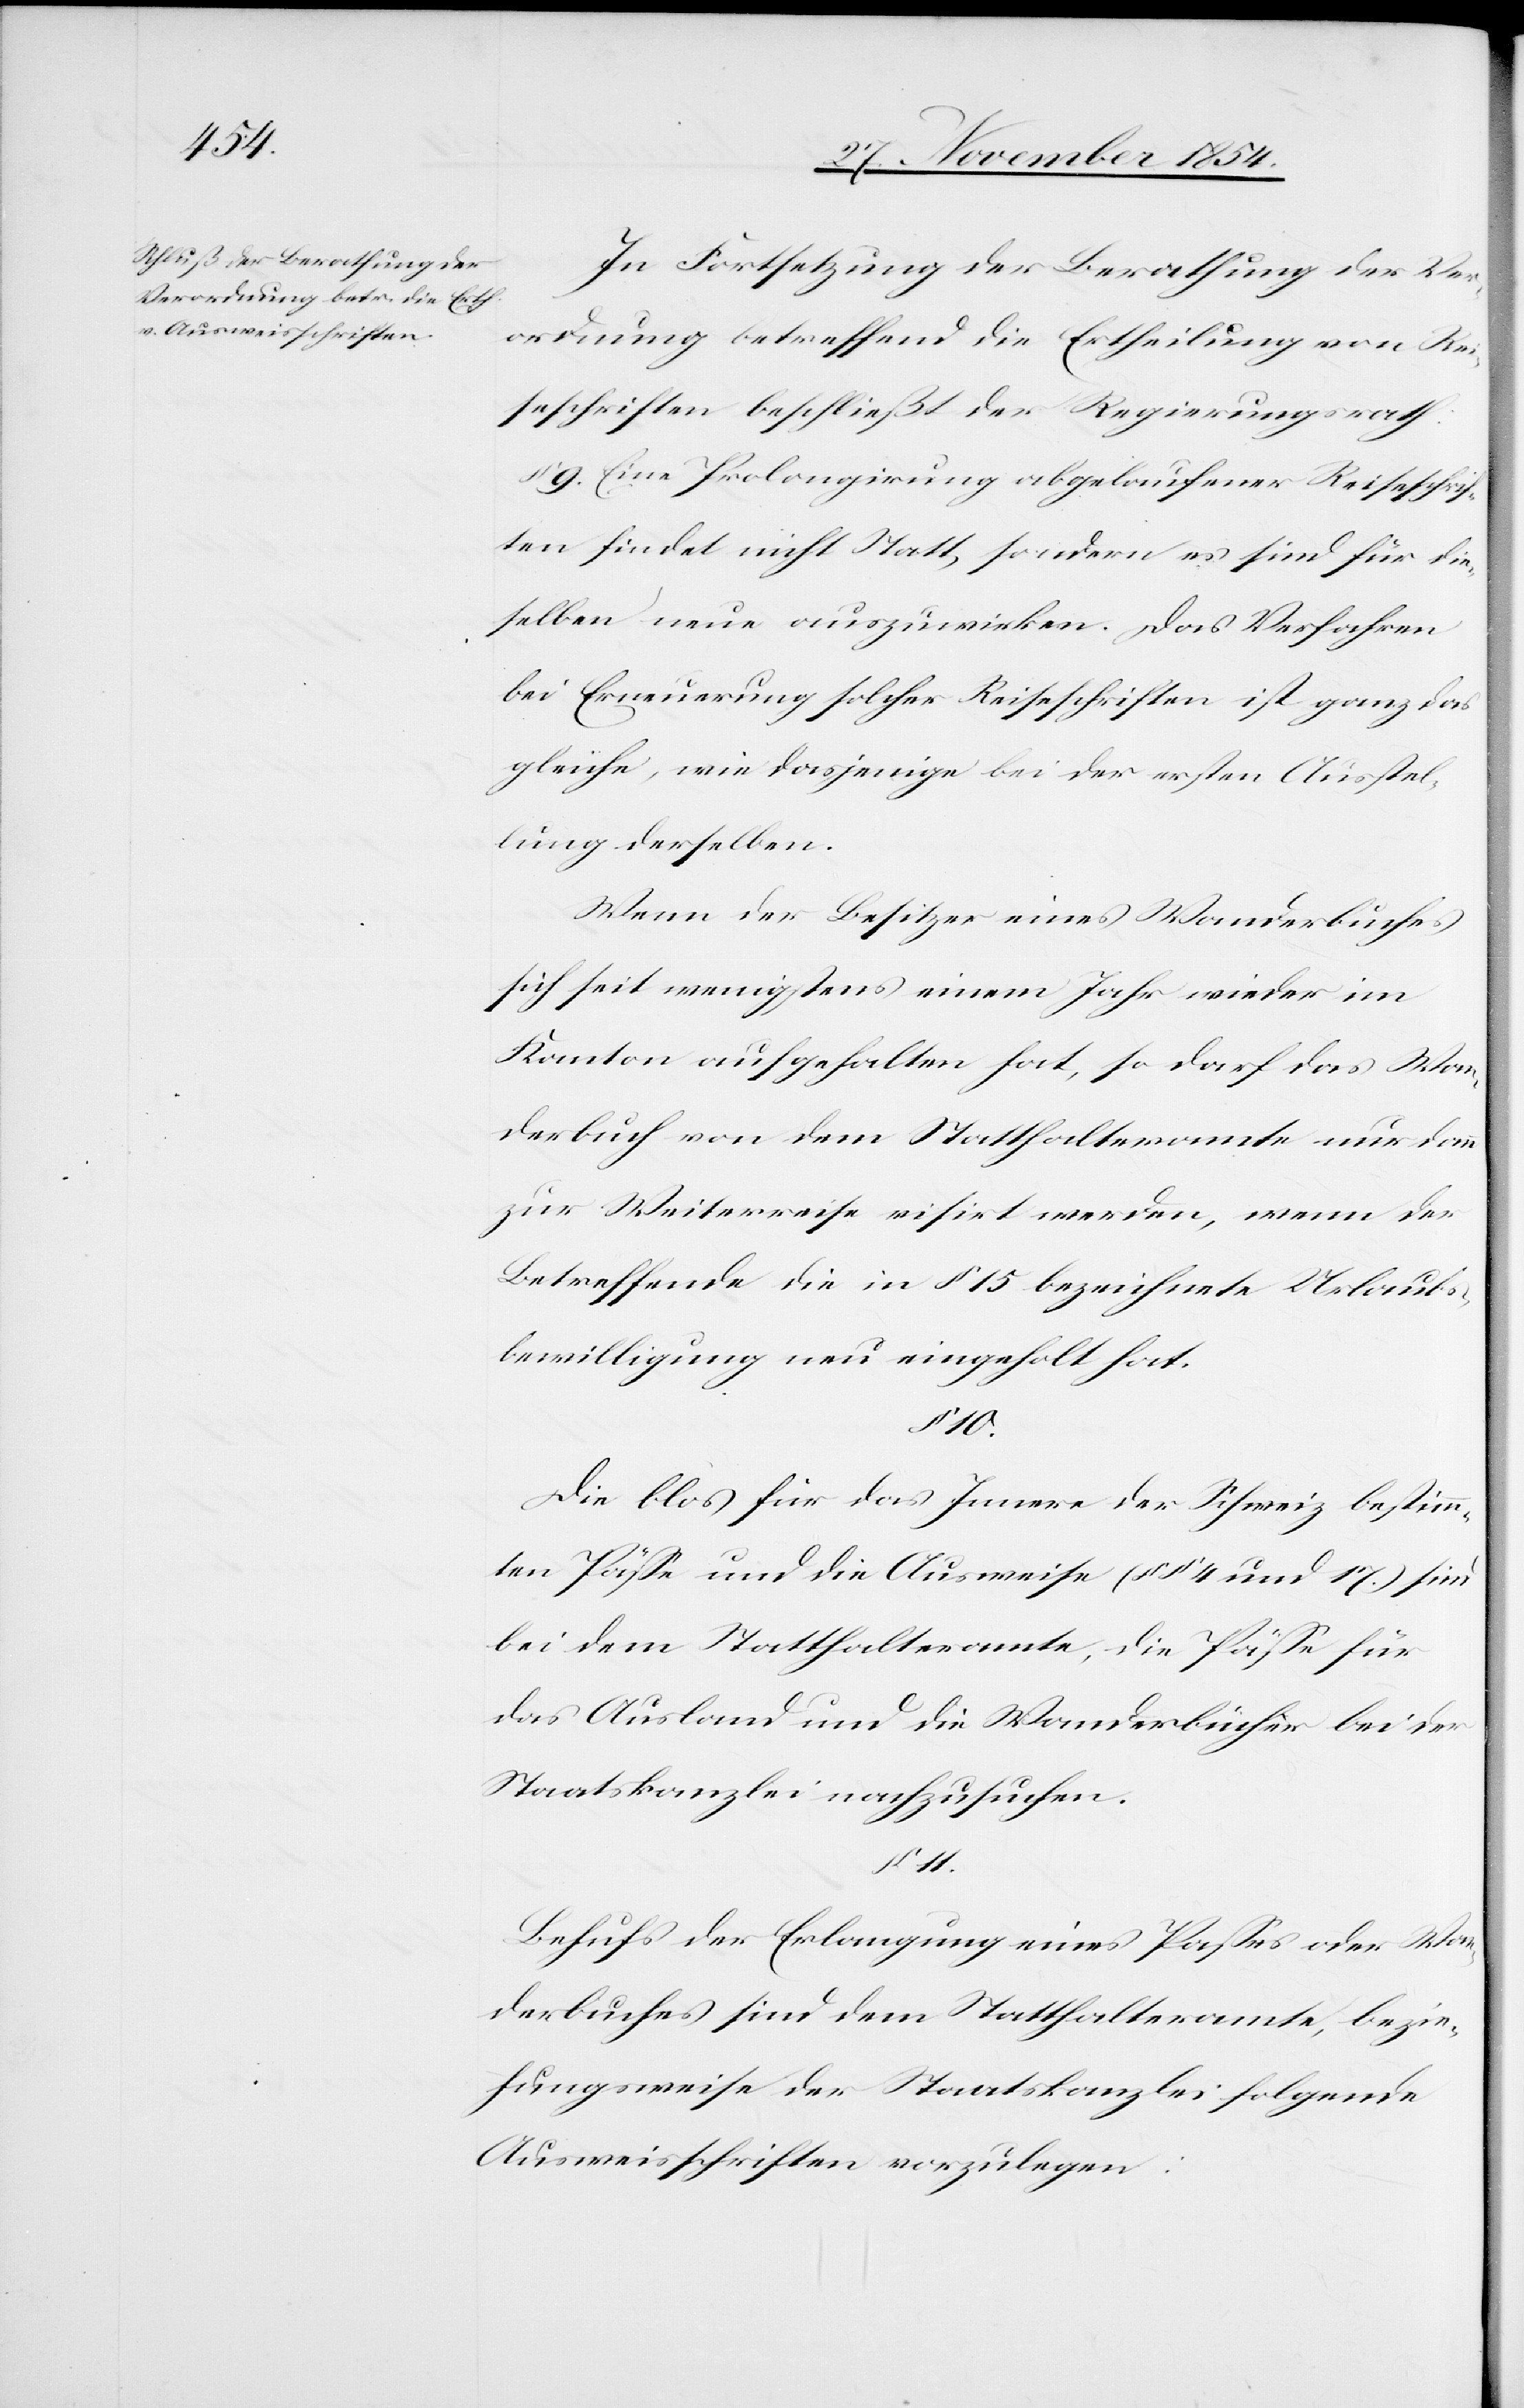
In Fortsetzung der Berathung der Ver¬
ordnung betreffend die Ertheilung von Rei¬
seschriften beschließt der Regierungsrath:
9. Eine Prolongirung abgelaufener Reiseschrif¬
ten findet nicht Statt, sondern es sind für die¬
selben neue auszuwirken. Das Verfahren
bei Erneuerung solcher Reiseschriften ist ganz das
gleiche, wie dasjenige bei der ersten Ausstel¬
lung derselben.
Wenn der Besitzer eines Wanderbuches
sich seit wenigstens einem Jahr wieder im
Kanton aufgehalten hat, so darf das Wan¬
derbuch von dem Statthalteramte nur dann
zur Weiterreise visirt werden, wenn der
Betreffende die in § 15 bezeichnete Urlaubs¬
bewilligung neu eingeholt hat.
10.
Die blos für das Innere der Schweiz bestimm¬
ten Päße und die Ausweise (§§ 4 und 17.) sind
bei dem Statthalteramte, die Päße für
das Ausland und die Wanderbücher bei der
Staatskanzlei nachzusuchen.
11.
Behufs der Erlangung eines Paßes oder Wan¬
derbuches sind dem Statthalteramte, bezie¬
hungsweise der Staatskanzlei folgende
Ausweisschriften vorzulegen: